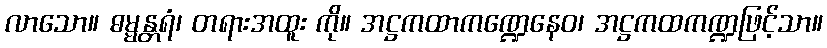
လာသော။ ဓမ္မန္တရံ၊ တရားအထူး ကို။ အဋ္ဌကထာကဏ္ဍေနေဝ၊ အဋ္ဌကထကဏ္ဍဖြင့်သာ။